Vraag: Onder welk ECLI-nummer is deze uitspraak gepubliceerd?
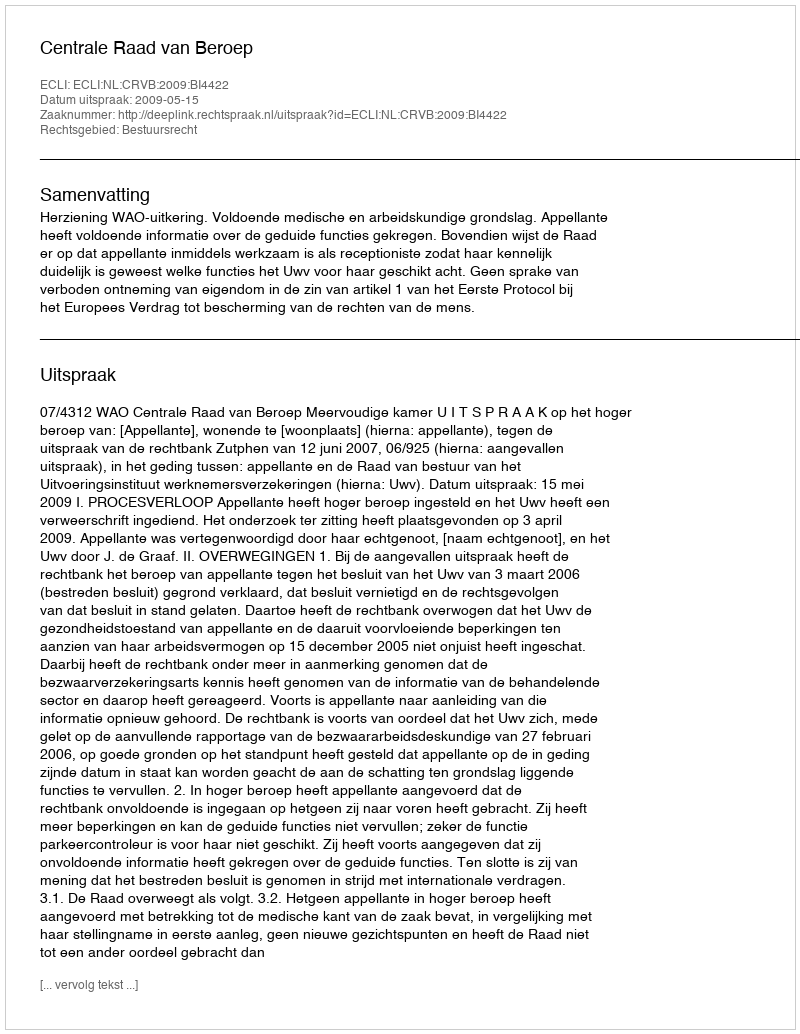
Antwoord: ECLI:NL:CRVB:2009:BI4422